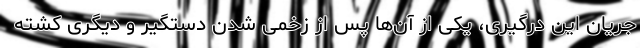
جریان این درگیری، یکی از آن‌ها پس از زخمی شدن دستگیر و دیگری کشته